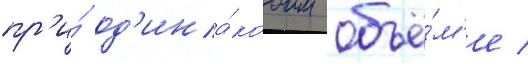
пр'и́ од'ина́ковом объё́м'е /